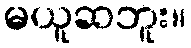
မယူဆဘူး။